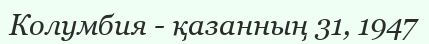
Колумбия - қазанның 31, 1947